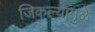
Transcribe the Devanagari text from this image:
जिकल्यामुळे